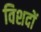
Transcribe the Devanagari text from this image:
विशदों